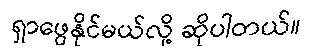
ရှာဖွေနိုင်မယ်လို့ ဆိုပါတယ်။